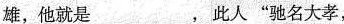
雄，他就是___，此人”驰名大孝，